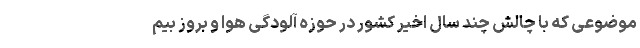
موضوعی که با چالش چند سال اخیر کشور در حوزه آلودگی هوا و بروز بیم